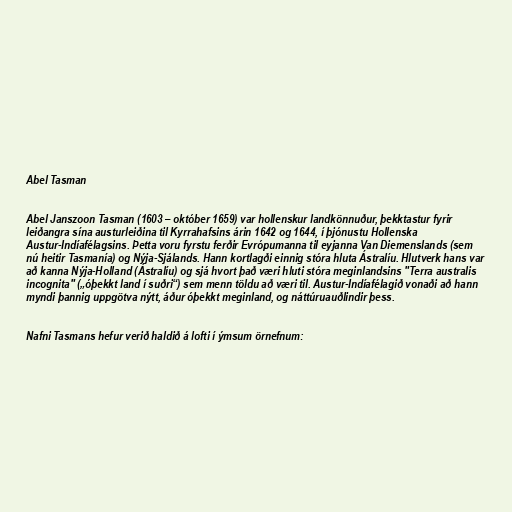
Abel Tasman

Abel Janszoon Tasman (1603 – október 1659) var hollenskur landkönnuður, þekktastur fyrir
leiðangra sína austurleiðina til Kyrrahafsins árin 1642 og 1644, í þjónustu Hollenska
Austur-Indíafélagsins. Þetta voru fyrstu ferðir Evrópumanna til eyjanna Van Diemenslands (sem
nú heitir Tasmanía) og Nýja-Sjálands. Hann kortlagði einnig stóra hluta Ástralíu. Hlutverk hans var
að kanna Nýja-Holland (Ástralíu) og sjá hvort það væri hluti stóra meginlandsins "Terra australis
incognita" („óþekkt land í suðri“) sem menn töldu að væri til. Austur-Indíafélagið vonaði að hann
myndi þannig uppgötva nýtt, áður óþekkt meginland, og náttúruauðlindir þess.

Nafni Tasmans hefur verið haldið á lofti í ýmsum örnefnum: